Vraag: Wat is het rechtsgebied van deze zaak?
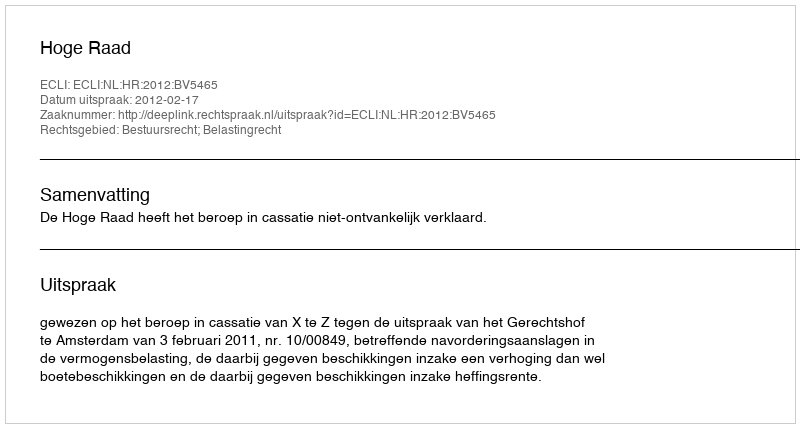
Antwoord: Bestuursrecht; Belastingrecht